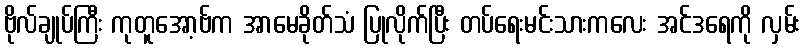
ဗိုလ်ချုပ်ကြီး ကုတူအော့ဗ်က အာမေခိုတ်သံ ပြုလိုက်ပြီး တပ်ရေးမင်းသားကလေး အင်ဒရေကို လှမ်း